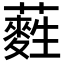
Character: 𮒩